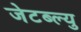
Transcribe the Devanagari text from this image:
जेटब्ल्यु